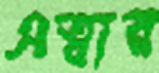
এত্বার